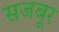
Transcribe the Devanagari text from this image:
सजबूर